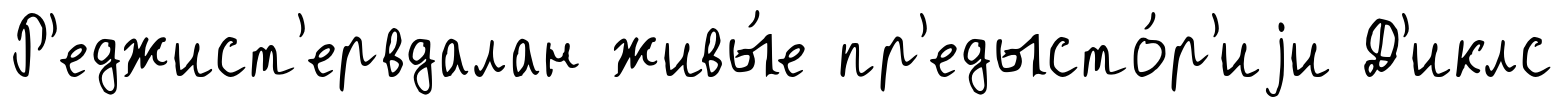
Р'еджист'ервдалан живы́е пр'едысто́р'иjи Д'иклс